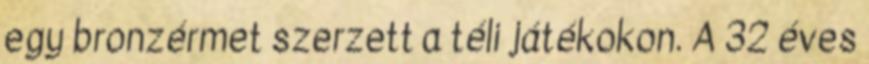
egy bronzérmet szerzett a téli játékokon. A 32 éves